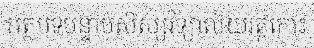
អត្ថបទបន្ទាប់សិស្សវិទ្យាល័យវត្តកោះ